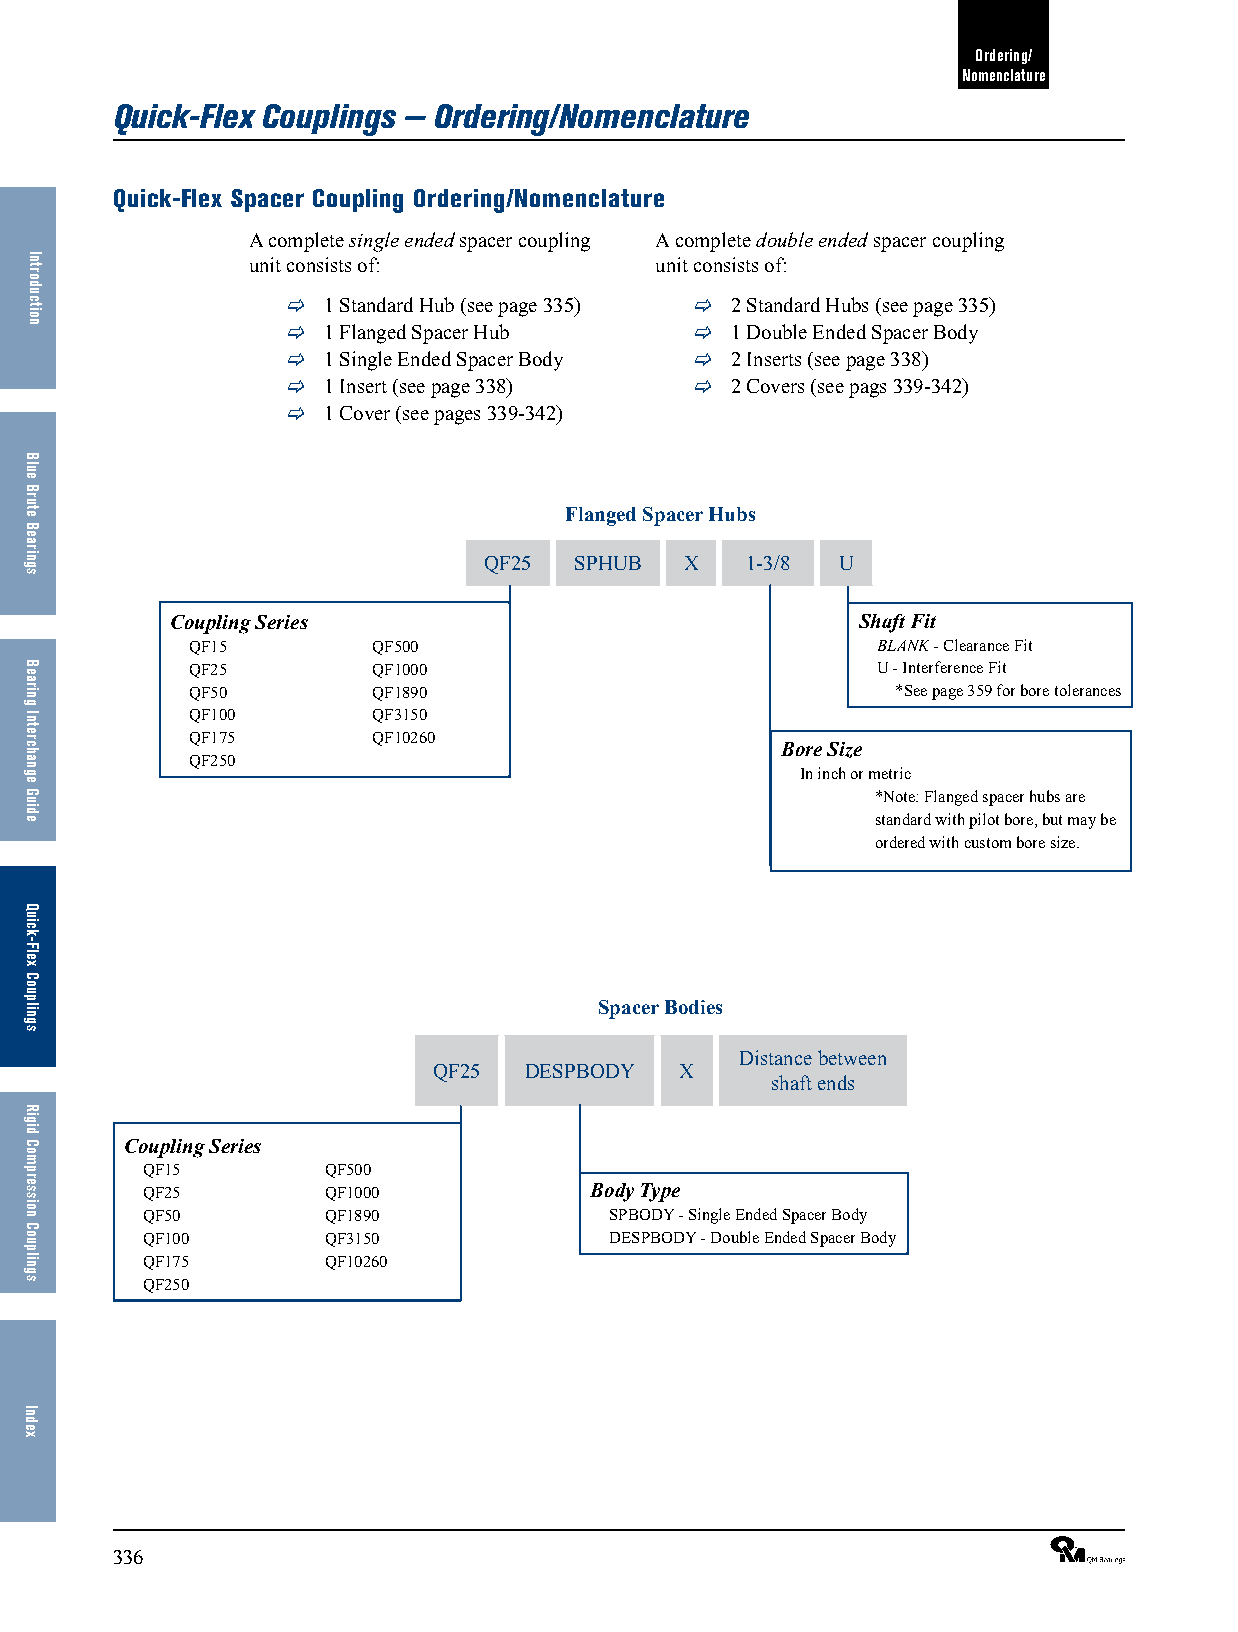
Ordering/
 Nomenclature
 Quick-Flex Couplings — Ordering/Nomenclature
 Quick-Flex Spacer Coupling Ordering/Nomenclature
 A complete single ended spacer coupling A complete double ended spacer coupling
 unit consists of:          unit consists of:
  1 Standard Hub (see page 335)  2 Standard Hubs (see page 335)
  1 Flanged Spacer Hub      1 Double Ended Spacer Body
  1 Single Ended Spacer Body  2 Inserts (see page 338)
  1 Insert (see page 338)   2 Covers (see pags 339-342)
  1 Cover (see pages 339-342)
 Flanged Spacer Hubs
 QF25  SPHUB  X   1-3/8 U
 Coupling Series                               Shaft Fit
 QF15        QF500                            BLANK - Clearance Fit
 QF25        QF1000                           U - Interference Fit
 QF50        QF1890                            *See page 359 for bore tolerances
 QF100       QF3150
 QF175       QF10260
 Bore Size
 QF250
 In inch or metric
 *Note: Flanged spacer hubs are
 standard with pilot bore, but may be
 ordered with custom bore size.
 Spacer Bodies
 Distance between
 QF25  DESPBODY  X
 shaft ends
 Coupling Series
 QF15        QF500
 QF25        QF1000            Body Type
 QF50        QF1890             SPBODY - Single Ended Spacer Body
 QF100       QF3150             DESPBODY - Double Ended Spacer Body
 QF175       QF10260
 QF250
 336                                                             ®
 Introduction
 Blue
 Brute
 Bearings
 Bearing
 Interchange
 Guide
 Quick-Flex
 Couplings
 Rigid
 Compression
 Couplings
 Index